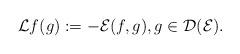
LaTeX: \begin{align*}\mathcal{L}f(g):=-\mathcal{E}(f,g),g\in \mathcal{D}(\mathcal{E}).\end{align*}